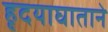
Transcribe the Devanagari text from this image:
हृदयाघाताने